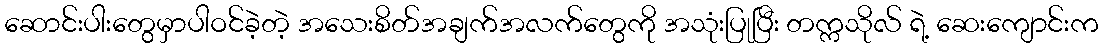
ဆောင်းပါးတွေမှာပါဝင်ခဲ့တဲ့ အသေးစိတ်အချက်အလက်တွေကို အသုံးပြုပြီး တက္ကသိုလ် ရဲ့ ဆေးကျောင်းက